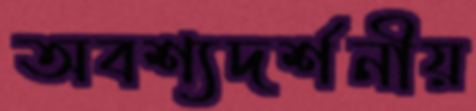
অবশ্যদর্শনীয়